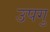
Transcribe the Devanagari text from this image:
उपगु